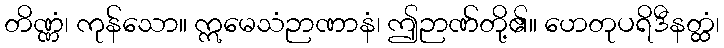
တိဏ္ဏံ၊ ကုန်သော။ ဣမေသံဉာဏာနံ၊ ဤဉာဏ်တို့၏။ ဟေတုပရိဒီနတ္ထံ၊